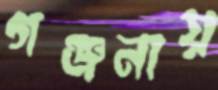
গঞ্জনায়